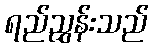
ရည်ညွှန်းသည်